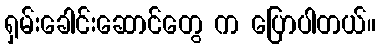
ရှမ်းခေါင်းဆောင်တွေ က ပြောပါတယ်။